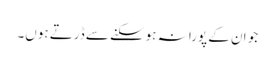
جو ان کے پورا نہ ہوسکنے سے ڈرتے ہوں۔